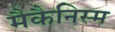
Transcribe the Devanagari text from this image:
मैकैनिस्म